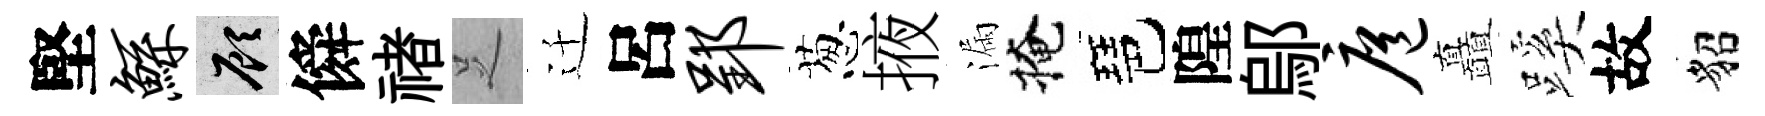
堅鲧顧僢禇𠯁迁呂郢葱掖漏掩琶隍鄔扈矗蹊故貂